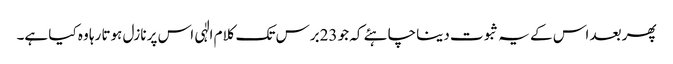
پھر بعد اس کے یہ ثبوت دینا چاہئے کہ جو 23برس تک کلام الٰہی اس پر نازل ہوتا رہا وہ کیا ہے۔